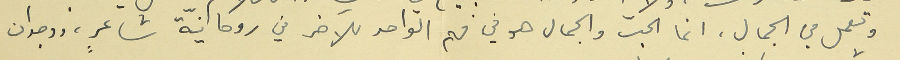
وتعمل في الجمال، انما الحبّ والجمال هو في فهم الواحد للآخر في روحانيّة شاعرٍ، ووجدان